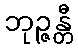
ဘုဉ္ဇန္တီ